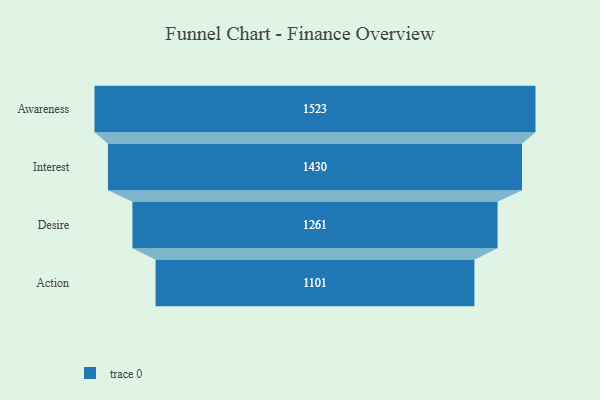
{"axis": {"x": "Stage", "y": "Value"}, "legend": [""], "data": [{"x": "Awareness", "y": 1523.0, "type": ""}, {"x": "Interest", "y": 1430.0, "type": ""}, {"x": "Desire", "y": 1261.0, "type": ""}, {"x": "Action", "y": 1101.0, "type": ""}]}